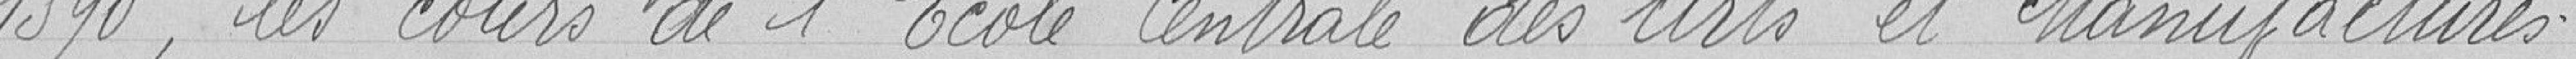
1890, les cours de l'école centrale des Arts et Manufactures.